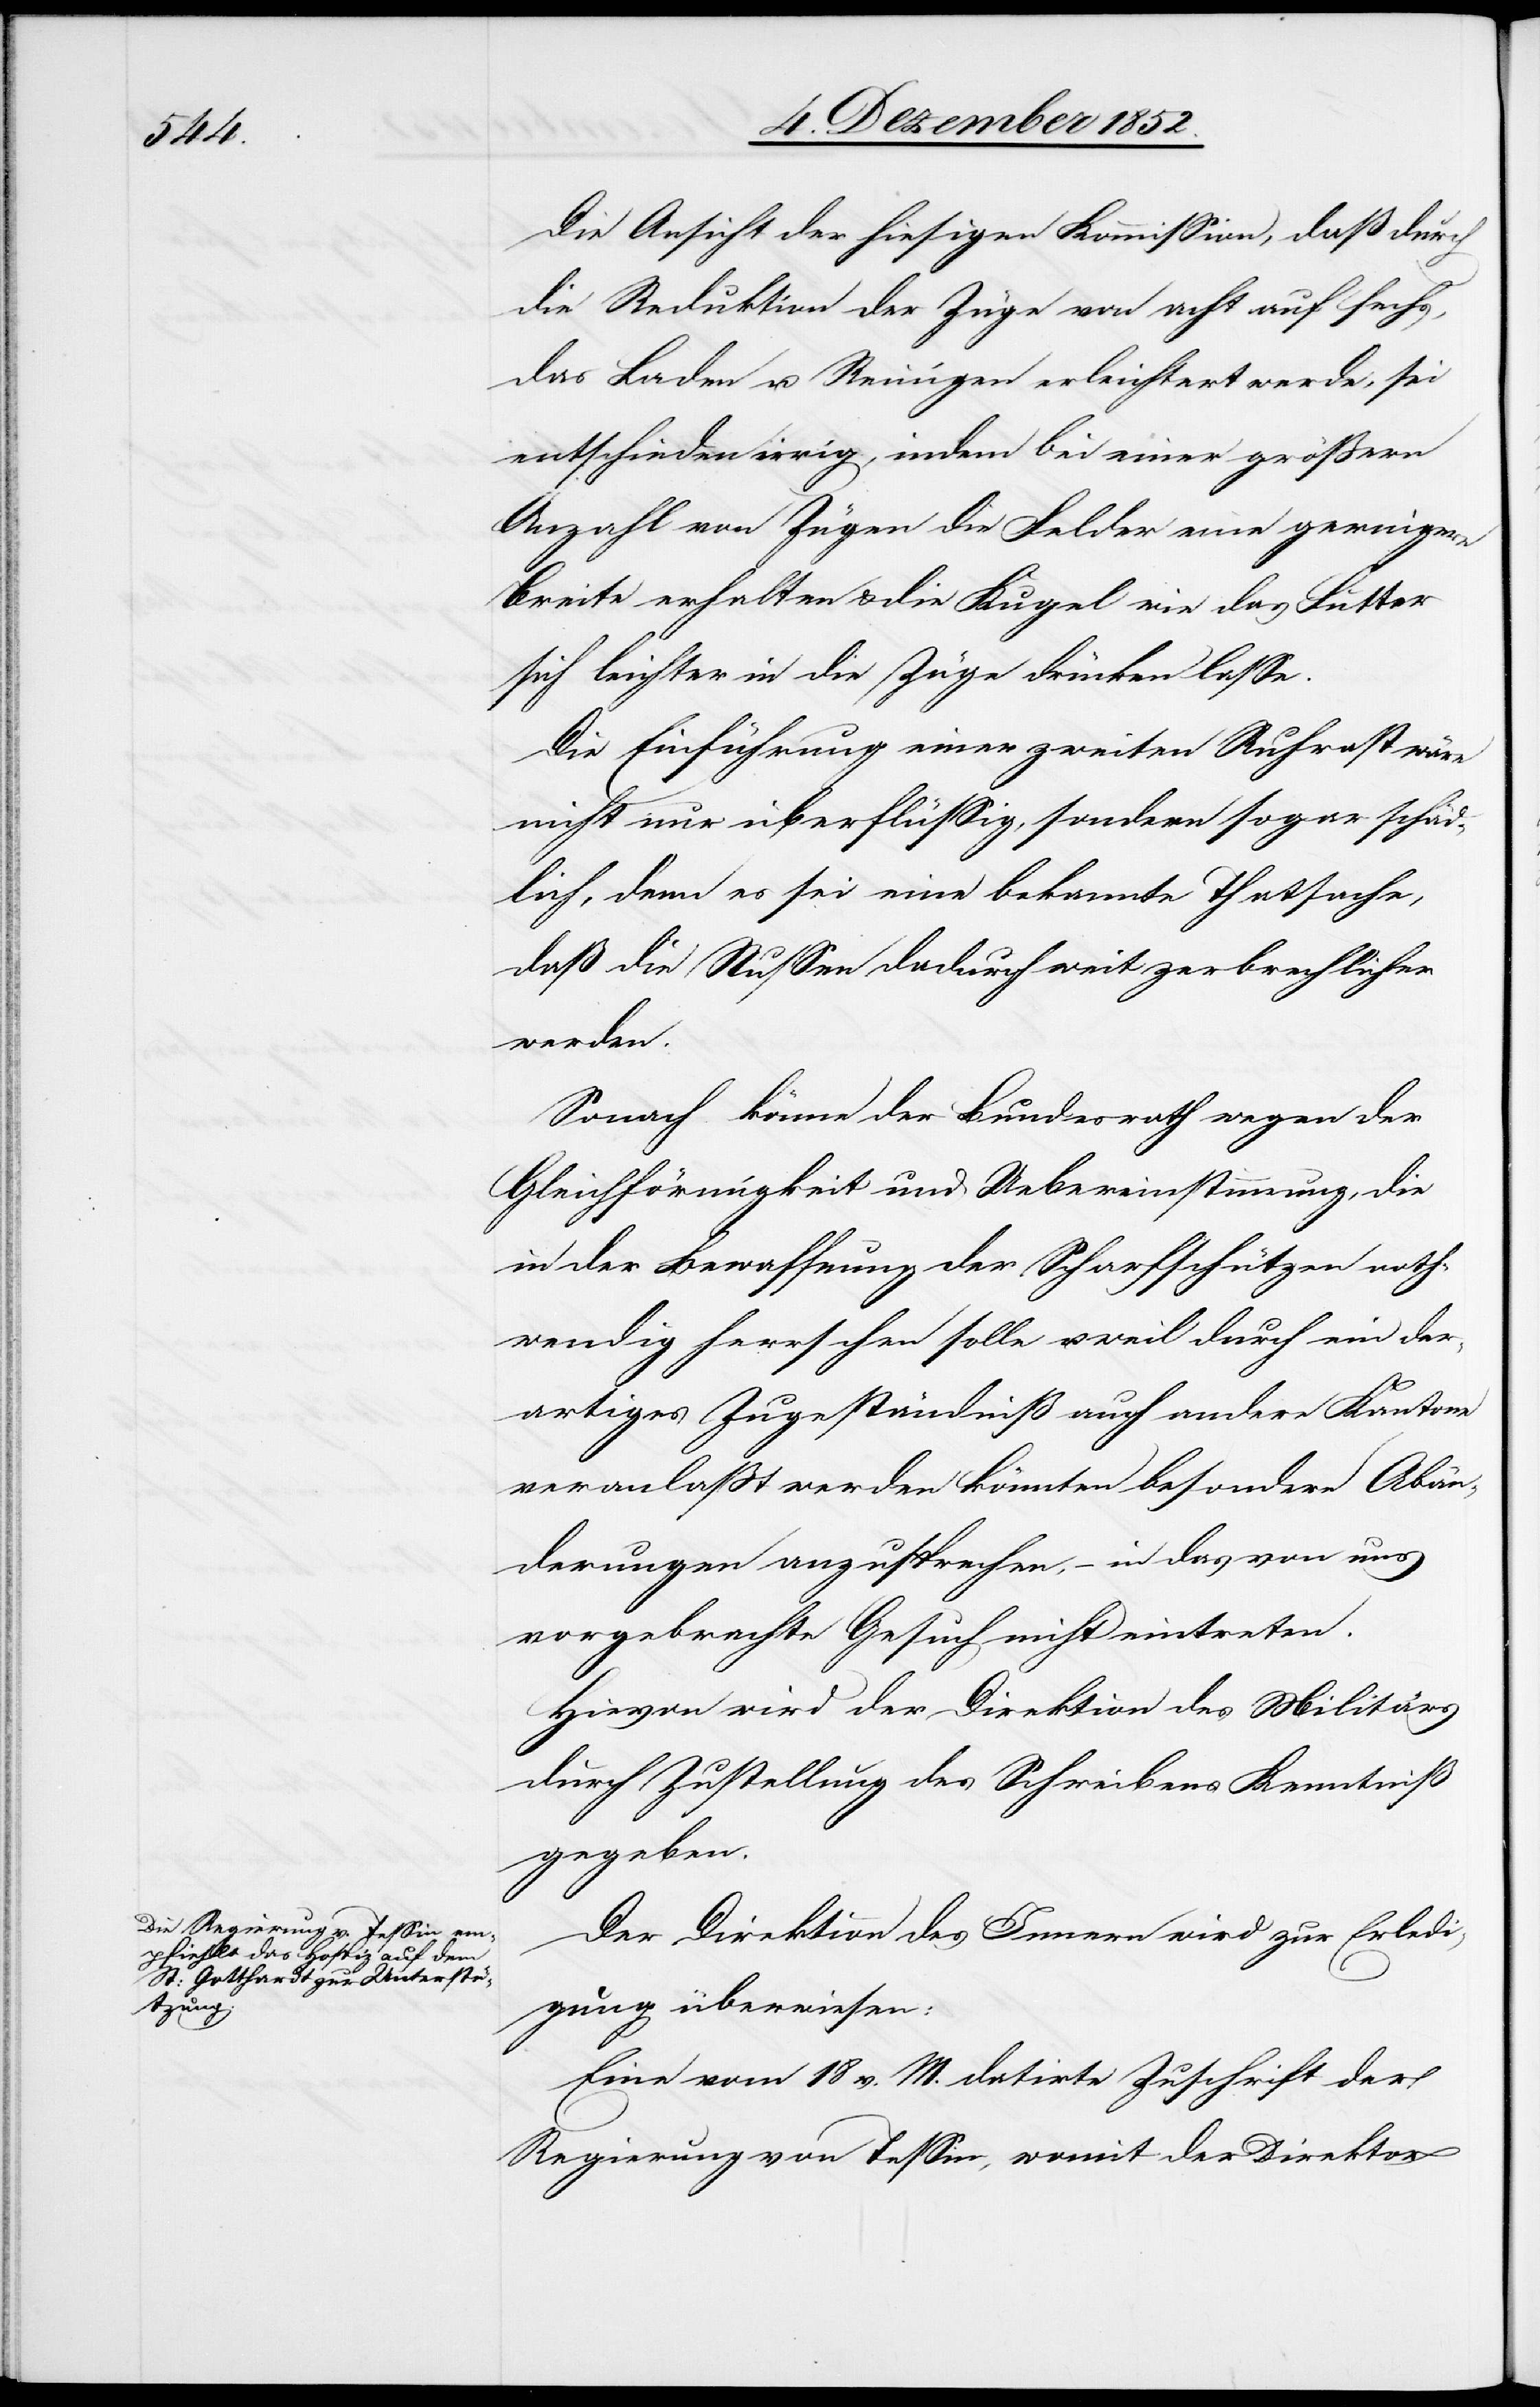
Die Ansicht der hiesigen Kommission, daß durch
die Reduktion der Züge von acht auf sechs,
das Laden u. Reinigen erleichtert werde, sei
entschieden irrig, indem bei einer größern
Anzahl von Zügen die Felder eine geringere
Breite erhalten & die Kugel wie das Futter
sich leichter in die Züge drücken lasse.
Die Einführung einer zweiten Ruhrast wäre
nicht nur überflüssig, sondern sogar schäd¬
lich, denn es sei eine bekannte Thatsache,
daß die Nussen dadurch weit zerbrechlicher
werden.
Sonach könne der Bundesrath wegen der
Gleichförmigkeit und Uebereinstimmung, die
in der Bewaffnung der Scharfschützen noth¬
wendig herrschen solle u. weil durch ein der¬
artiges Zugeständniß auch andere Kantone
veranlaßt werden könnten besondere Abän¬
derungen anzusprechen, – in das von uns
vorgebrachte Gesuch nicht eintreten.
Hievon wird der Direktion des Militärs
durch Zustellung des Schreibens Kenntniß
gegeben.
Der Direktion des Innern wird zur Erledi¬
gung überwiesen:
Eine vom 18 v. M. datirte Zuschrift der
Regierung von Tessin, womit der Direktor